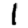
Digit: 1